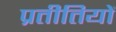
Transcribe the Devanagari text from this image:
प्रतीतियों